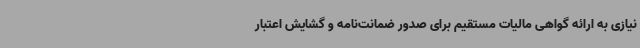
نیازی به ارائه گواهی مالیات مستقیم برای صدور ضمانت‌نامه و گشایش اعتبار